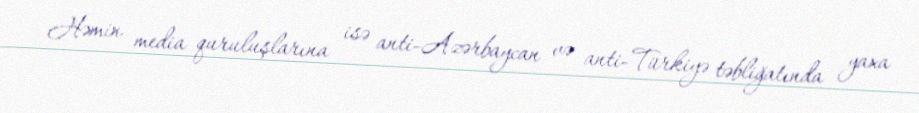
Həmin media quruluşlarına isə anti-Azərbaycan və anti-Türkiyə təbliğatında yaxa